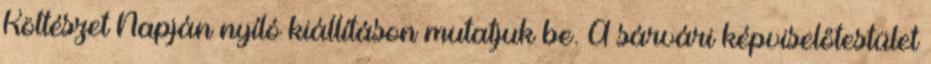
Költészet Napján nyíló kiállításon mutatjuk be. A sárvári képviselőtestület